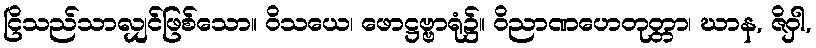
ငြိသည်သာလျှင်ဖြစ်သော။ ဝိသယေ၊ ဖောဋ္ဌဗ္ဗာရုံ၌။ ဝိညာဏဟေတုတ္တာ၊ ဃာန, ဇိဝှါ,